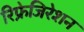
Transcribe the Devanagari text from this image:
रिफ्रेजिरेशन